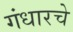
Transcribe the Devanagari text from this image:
गंधारचे